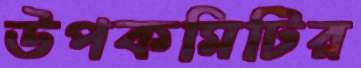
উপকমিটির